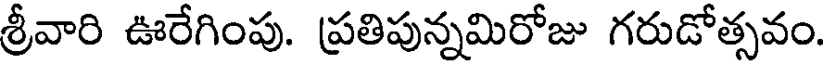
శ్రీవారి ఊరేగింపు. ప్రతిపున్నమిరోజు గరుడోత్సవం.